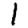
Digit: 1